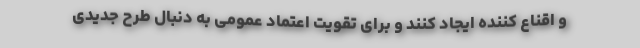
و اقناع کننده ایجاد کنند و برای تقویت اعتماد عمومی به دنبال طرح جدیدی